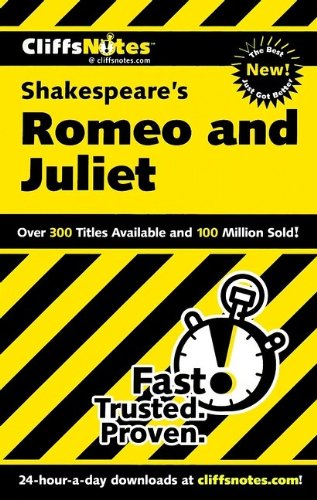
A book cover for CliffsNotes on Shakespeare's Romeo and Juliet (Cliffsnotes Literature); Annaliese F Connolly; Literature & Fiction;